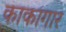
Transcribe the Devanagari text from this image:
काकागार